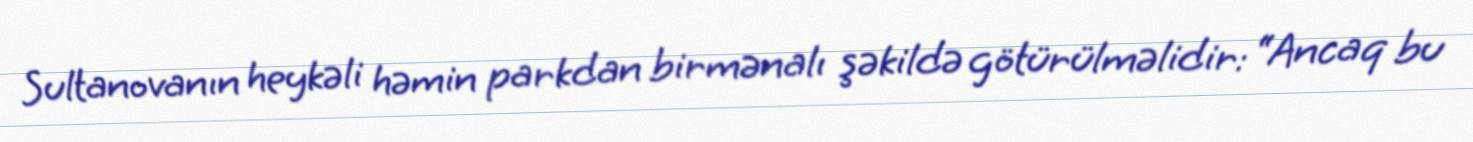
Sultanovanın heykəli həmin parkdan birmənalı şəkildə götürülməlidir: “Ancaq bu